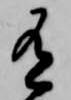
有